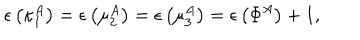
LaTeX: \epsilon \left( \kappa _ { 1 } ^ { A } \right) = \epsilon \left( \mu _ { 2 } ^ { A } \right) = \epsilon \left( \mu _ { 3 } ^ { A } \right) = \epsilon \left( \Phi ^ { A } \right) + 1 ,